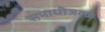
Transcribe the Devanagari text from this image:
समाधीजवळ